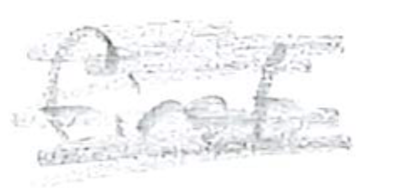
Text: first
Cross-out: scratch
Writing tool: pencil